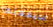
سيفعلها